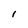
Character: I